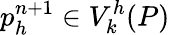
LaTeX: p_{h}^{n+1}\in V_{k}^{h}({P})